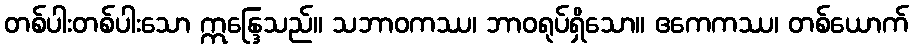
တစ်ပါးတစ်ပါးသော ဣန္ဒြေသည်။ သဘာဝကဿ၊ ဘာဝရုပ်ရှိသော။ ဧကေကဿ၊ တစ်ယောက်